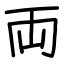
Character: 両